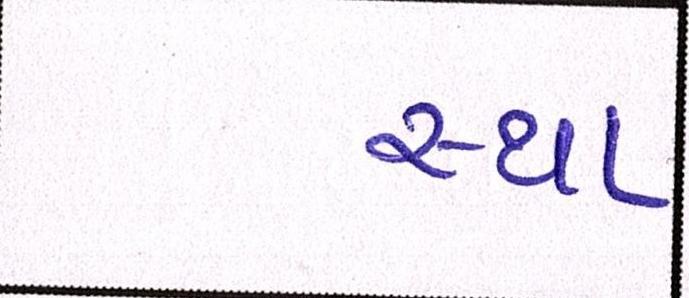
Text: સ્થા